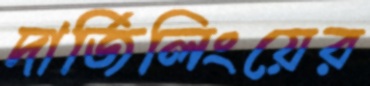
দার্জিলিংয়ের